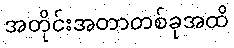
အတိုင်းအတာတစ်ခုအထိ